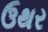
ઉથર